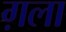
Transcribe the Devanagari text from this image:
ग़ला